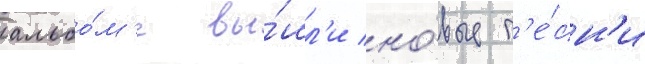
альбо́м'е вы́шл'и но́вые п'е́сн'и